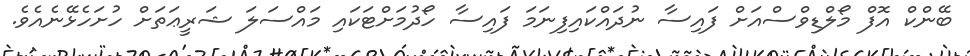
ބޭންކް އޮފް މޯލްޑިވްސްއަށް ފައިސާ ނުދައްކައިފިނަމަ ފައިސާ ހޯދުމަށްޓަކައި މައްސަލަ ޝަރީޢަތަށް ހުށަހެޅޭނެއެވެ.